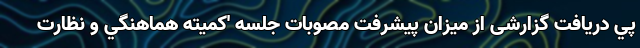
پي دريافت گزارشى از ميزان پيشرفت مصوبات جلسه 'كميته هماهنگي و نظارت